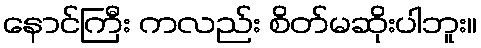
နောင်ကြီး ကလည်း စိတ်မဆိုးပါဘူး။